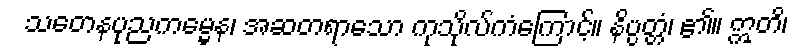
သတေနပုညကမ္မေန၊ အဆတရာသော ကုသိုလ်ကံကြောင့်။ နိပ္ပတ္တံ၊ ၏။ ဣတိ၊